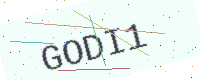
Text: GODI1